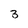
Character: 3